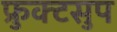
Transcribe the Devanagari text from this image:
फ्रुक्टसुप